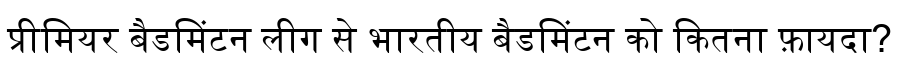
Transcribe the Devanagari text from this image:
प्रीमियर बैडमिंटन लीग से भारतीय बैडमिंटन को कितना फ़ायदा?